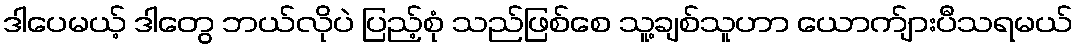
ဒါပေမယ့် ဒါတွေ ဘယ်လိုပဲ ပြည့်စုံ သည်ဖြစ်စေ သူ့ချစ်သူဟာ ယောက်ျားပီသရမယ်